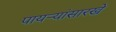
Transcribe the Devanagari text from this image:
पायऱ्यांसारखे